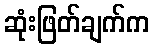
ဆုံးဖြတ်ချက်က